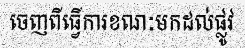
ចេញពីធ្វើការខណៈមកដល់ផ្លូវ